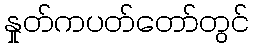
နှုတ်ကပတ်တော်တွင်